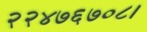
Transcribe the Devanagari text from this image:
२२४७६७०८।